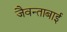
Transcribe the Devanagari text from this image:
जैवन्ताबाई